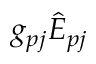
g _ { p j } \hat { E } _ { p j }